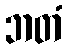
ဘတံ